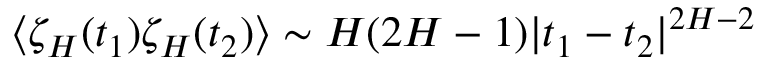
\langle \zeta _ { H } ( t _ { 1 } ) \zeta _ { H } ( t _ { 2 } ) \rangle \sim H ( 2 H - 1 ) | t _ { 1 } - t _ { 2 } | ^ { 2 H - 2 }